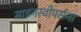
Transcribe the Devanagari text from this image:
माइनस्वीपर्सना